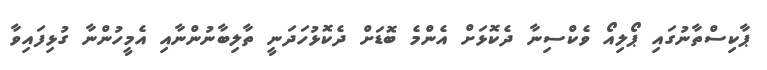
ޕާކިސްތާނުގައި ޕޯލިއޯ ވެކްސިނާ ދެކޮޅަށް އެންމެ ބޮޑަށް ދެކޮޅުހަދަނީ ތާލިބާނުންނާއި އެމީހުންނާ ގުޅިފައިވާ